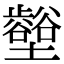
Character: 𡓼